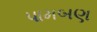
પામબણ